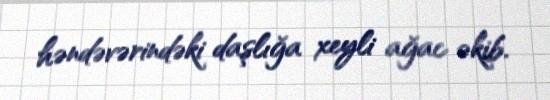
həndəvərindəki daşlığa xeyli ağac əkib.